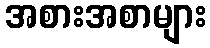
အစားအစာများ